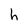
Character: h